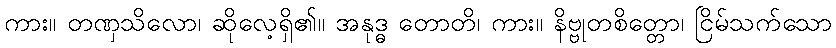
ကား။ တဏှသိလော၊ ဆိုလေ့ရှိ၏။ အနုဒ္ဓ တောတိ၊ ကား။ နိဗ္ဗုတစိတ္တော၊ ငြိမ်သက်သော